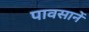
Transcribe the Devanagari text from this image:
पावसानें